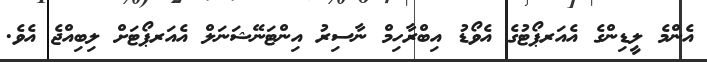
އެންމެ ލީޑިންގެ އެއަރޕޯޓުގެ އެވޯޑު އިބްރާހިމް ނާސިރު އިންޓަނޭޝަނަލް އެއަރޕޯޓަށް ލިބިއްޖެ އެވެ.